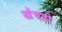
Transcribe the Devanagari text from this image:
खेंचती